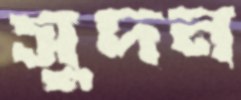
সুদন